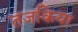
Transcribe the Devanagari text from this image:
तजकिया